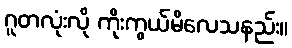
ဂူတလုံးလို ကိုးကွယ်မိလေသနည်း။